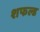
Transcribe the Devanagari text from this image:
शफल्ड